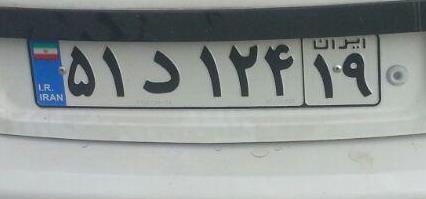
۵۱د۱۲۴۱۹